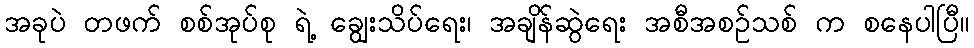
အခုပဲ တဖက် စစ်အုပ်စု ရဲ့ ချွေးသိပ်ရေး၊ အချိန်ဆွဲရေး အစီအစဉ်သစ် က စနေပါပြီ။